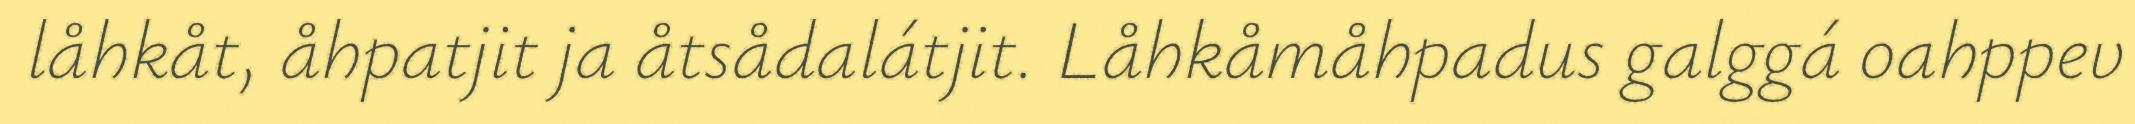
låhkåt, åhpatjit ja åtsådalátjit. Låhkåmåhpadus galggá oahppev